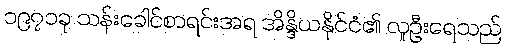
၁၉၇၁ခု သန်းခေါင်စာရင်းအရ အိန္ဒိယနိုင်ငံ၏ လူဦးရေသည်